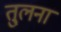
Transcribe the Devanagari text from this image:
तु्लना